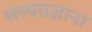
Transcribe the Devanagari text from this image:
शल्यतज्ञाना